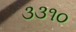
૩૩૧૦